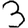
Digit: 3